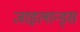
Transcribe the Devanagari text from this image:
जाइलान्ड्स